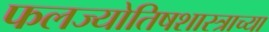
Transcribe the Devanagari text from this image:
फलज्योतिषशास्त्राच्या